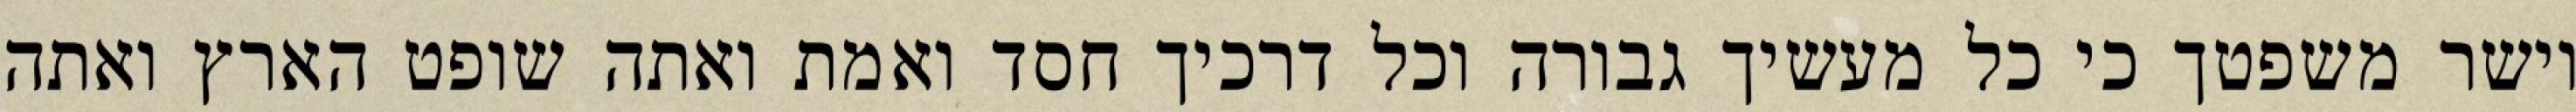
וישר משפטך כי כל מעשיך גבורה וכל דרכיך חסד ואמת ואתה שופט הארץ ואתה